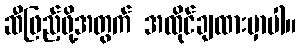
ဆီဖြည့်ဖို့အတွက် အထိုင်ချထားမှာပါ။